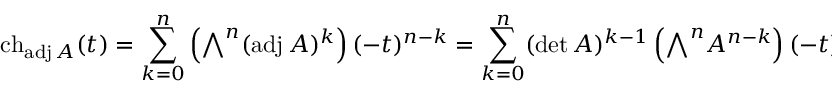
\operatorname { c h } _ { \operatorname { a d j } A } ( t ) = \sum _ { k = 0 } ^ { n } \left( { \textstyle \bigwedge } ^ { n } ( \operatorname { a d j } A ) ^ { k } \right) ( - t ) ^ { n - k } = \sum _ { k = 0 } ^ { n } ( \operatorname* { d e t } A ) ^ { k - 1 } \left( { \textstyle \bigwedge } ^ { n } A ^ { n - k } \right) ( - t ) ^ { n - k }